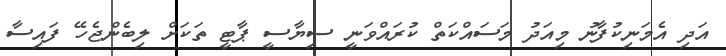
އަދި އެމަނިކުފާނު މިއަދު މަސައްކަތް ކުރައްވަނީ ސިޔާސީ ޕާޓީ ތަކަށް ލިބެންޖެހޭ ފައިސާ